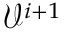
\mathcal { V } ^ { i + 1 }